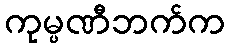
ကုမ္ပဏီဘက်က